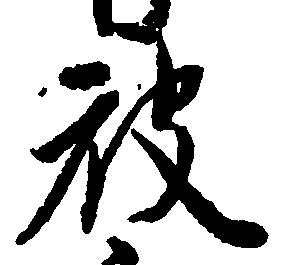
被